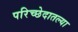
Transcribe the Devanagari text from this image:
परिच्छेदातल्या